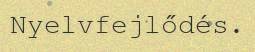
Nyelvfejlődés.